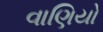
વાણિયો